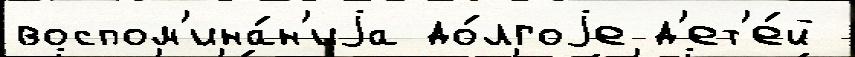
воспом'ина́н'иjа до́лгоjе д'ет'е́й